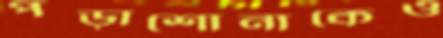
পড়াশোনাকেও